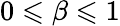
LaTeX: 0\leqslant\beta\leqslant 1